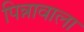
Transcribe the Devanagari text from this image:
पिन्नावाला